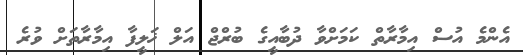
އެންމެ އުސް އިމާރާތް ކަމަށްވާ ދުބާއީގެ ބުރްޖް އަލް ޚަލީފާ އިމާރާތަށް ވުރެ